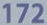
172